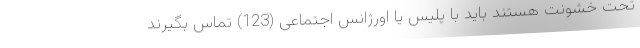
تحت خشونت هستند باید با پلیس یا اورژانس اجتماعی (123) تماس بگیرند